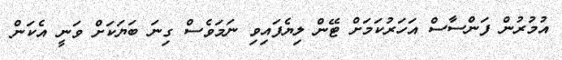
އުމުރުން ފަންސާސް އަހަރުކަމަށް ޓޭން ލިޔެފައިވި ނަމަވެސް ގިނަ ބަޔަކަށް ވަނީ އެކަން